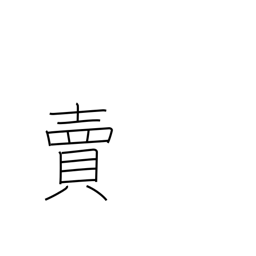
Meaning: betray